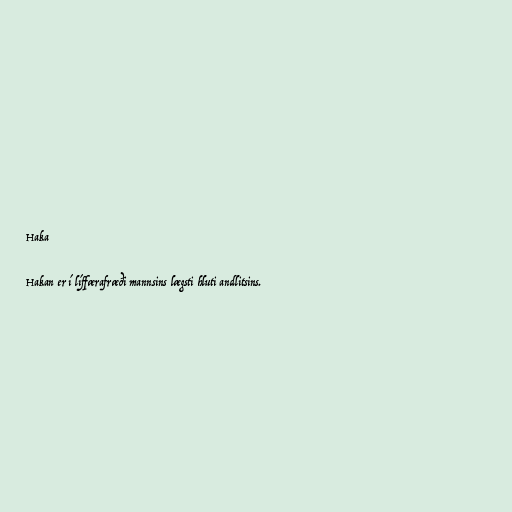
Haka

Hakan er í líffærafræði mannsins lægsti hluti andlitsins.